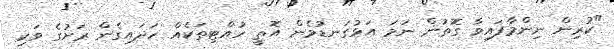
"ކުރިން ނިންމާފައިވާ ގޮތުން ނަމަ އަޅުގަނޑުމެން އޮތީ ހުއްޓިތަކެއް ހަދައިގެން ރަށުގެ ވަކި